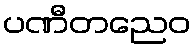
ပဏီတညေဝ